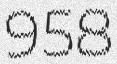
958